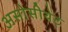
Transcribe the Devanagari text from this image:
असोसीयेट